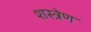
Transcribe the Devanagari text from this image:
शस्त्रेण